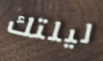
ليلتك